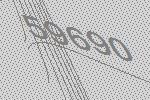
59690